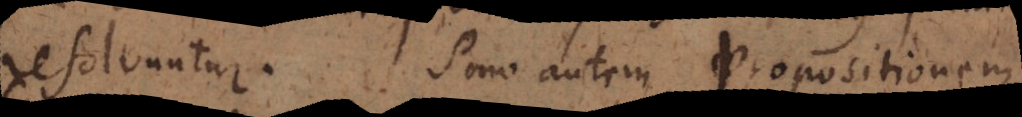
resolvuntur. Pono autem propositionem